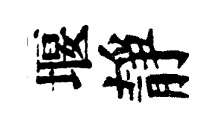
堰靜